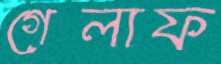
গেলাফ